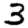
Digit: 3